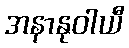
အနာနုဝါယီ